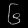
Digit: ၆